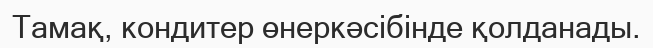
Тамақ, кондитер өнеркәсібінде қолданады.